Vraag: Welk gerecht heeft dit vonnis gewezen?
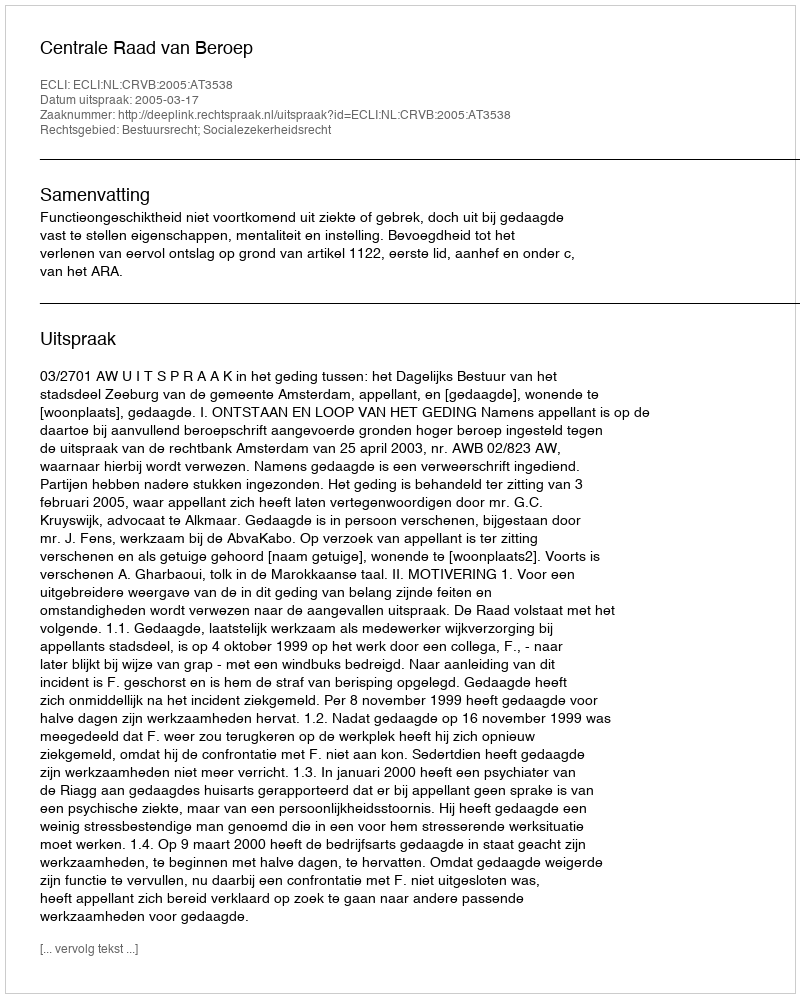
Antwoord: Centrale Raad van Beroep